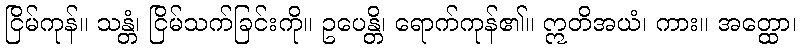
ငြိမ်ကုန်။ သန္တံ၊ ငြိမ်သက်ခြင်းကို။ ဥပေန္တိ၊ ရောက်ကုန်၏။ ဣတိအယံ၊ ကား။ အတ္ထော၊